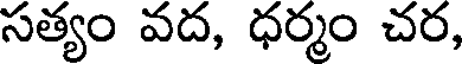
సత్యం వద, ధర్మం చర,